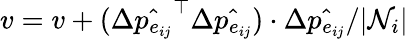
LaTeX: v=v+(\Delta\hat{p_{e_{ij}}}^{\top}\Delta\hat{p_{e_{ij}}})\cdot\Delta\hat{p_{e_{ij}}}/|\mathcal{N}_{i}|